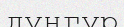
дунгур